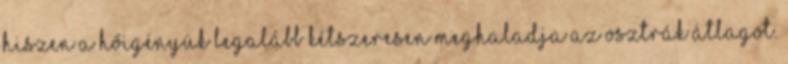
hiszen a hőigényük legalább kétszeresen meghaladja az osztrák átlagot.